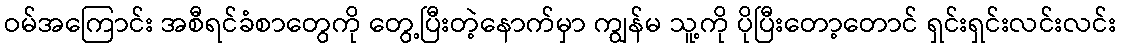
ဝမ်အကြောင်း အစီရင်ခံစာတွေကို တွေ့ပြီးတဲ့နောက်မှာ ကျွန်မ သူ့ကို ပိုပြီးတော့တောင် ရှင်းရှင်းလင်းလင်း